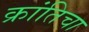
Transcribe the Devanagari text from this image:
क्रांतिचा